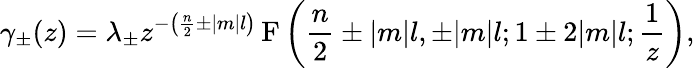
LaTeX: \gamma_{\pm}(z)=\lambda_{\pm}z^{-\left(\frac{n}2\pm|m|l\right)}\, \mathrm{F}\left(\frac{n}2\pm|m|l,\pm|m|l;1\pm 2|m|l;\frac 1z\right),